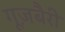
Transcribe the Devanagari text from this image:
गूज़बैरी